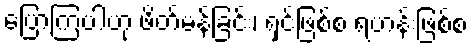
ပြောကြပါဟု ဖိတ်မန်ခြင်း၊ ရှင်ဖြစ်စ ရဟန်းဖြစ်စ